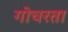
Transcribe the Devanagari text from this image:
गोचरता